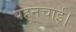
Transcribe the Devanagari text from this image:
पहुनचाई।